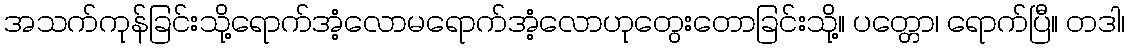
အသက်ကုန်ခြင်းသို့ရောက်အံ့လောမရောက်အံ့လောဟုတွေးတောခြင်းသို့။ ပတ္တော၊ ရောက်ပြီ။ တဒါ၊